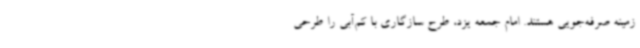
زمینه صرفه‌جویی هستند. امام جمعه یزد، طرح سازگاری با کم‌آبی را طرحی